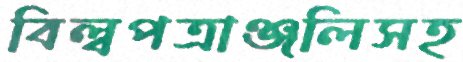
বিল্বপত্রাঞ্জলিসহ